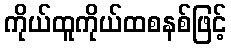
ကိုယ်ထူကိုယ်ထစနစ်ဖြင့်